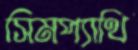
সিমপ্যাথি